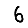
Digit: 6